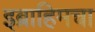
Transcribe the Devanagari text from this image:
इब्राहिमचा